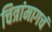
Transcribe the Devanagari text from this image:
चित्रांमागचं